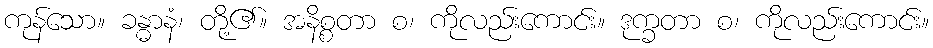
ကုန်သော။ ခန္ဓာနံ၊ တို့၏။ အနိစ္စတာ စ၊ ကိုလည်းကောင်း။ ဒုက္ခတာ စ၊ ကိုလည်းကောင်း။